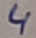
Text: 4